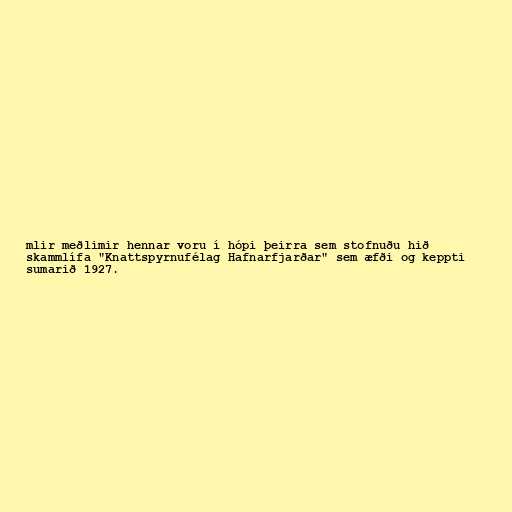
mlir meðlimir hennar voru í hópi þeirra sem stofnuðu hið
skammlífa "Knattspyrnufélag Hafnarfjarðar" sem æfði og keppti
sumarið 1927.